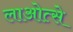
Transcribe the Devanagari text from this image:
लाओत्से